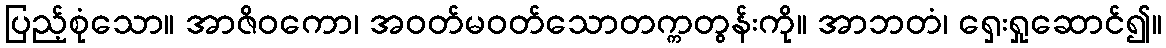
ပြည့်စုံသော။ အာဇိဝကော၊ အဝတ်မဝတ်သောတက္ကတွန်းကို။ အာဘတံ၊ ရှေးရှုဆောင်၍။